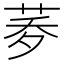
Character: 𦰎